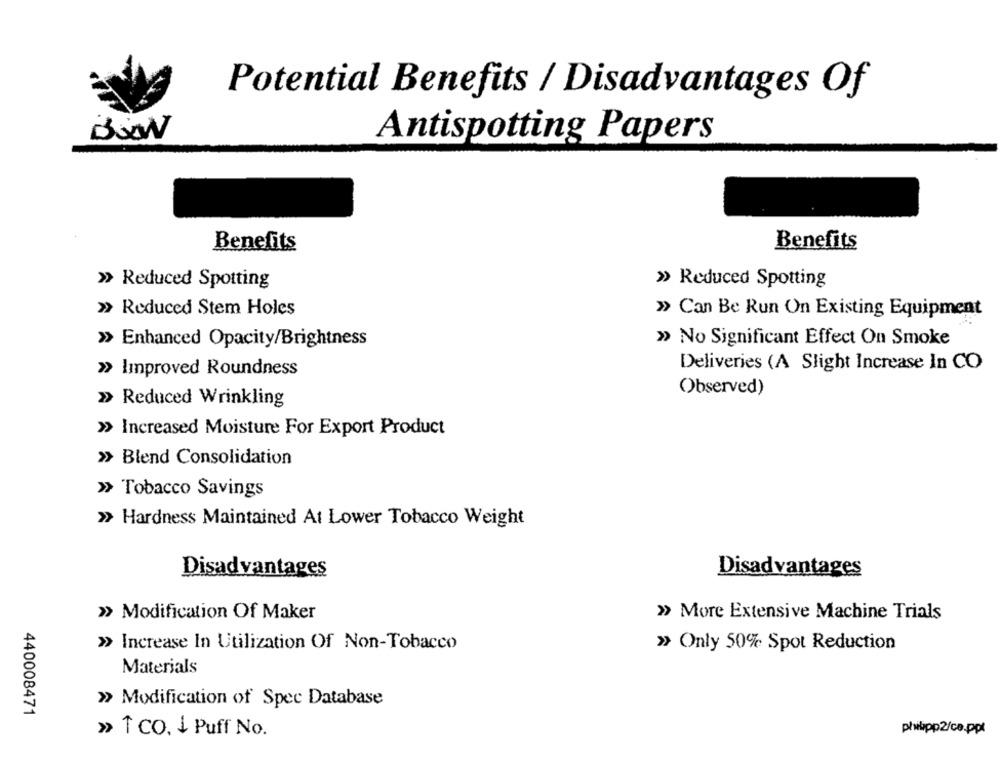
Potential Benefits / Disadvantages Of
BOON
Antispotting Papers
Benefits
Benefits
» Reduced Spotting
» Reduced Spotting
»> Reduced Stem Holes
» Can Be Run On Existing Equipment
» Enhanced Opacity/Brightness
» No Significant Effect On Smoke
Deliveries (A Slight Increase In CO
» Improved Roundness
Observed)
» Reduced Wrinkling
>> Increased Moisture For Export Product
» Blend Consolidation
»> Tobacco Savings
>> Hardness Maintained At Lower Tobacco Weight
Disadvantages
Disadvantages
» Modification Of Maker
» More Extensive Machine Trials
>> Increase In Utilization Of Non-Tobacco
»> Only 50% Spot Reduction
Materials
» Modification of Spec Database
440008471
» 1 co. i Puff No.
philipp2/ce.ppt